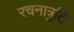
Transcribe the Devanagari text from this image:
रचनात्रुटि